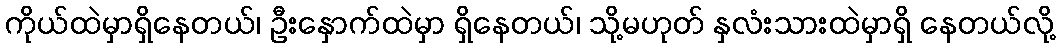
ကိုယ်ထဲမှာရှိနေတယ်၊ ဦးနှောက်ထဲမှာ ရှိနေတယ်၊ သို့မဟုတ် နှလံးသားထဲမှာရှိ နေတယ်လို့